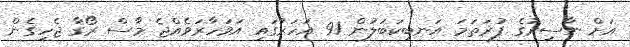
އަށް ނާސިރުގެ ފުރަތަމަ އަނބިކަބަލުން 91 އަހަރުގައި އަވަހާރަވެއްޖެ މާސް ރޯގާ ޖެހިގެން